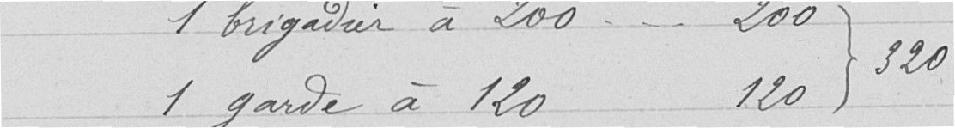
1 brigadier à 200